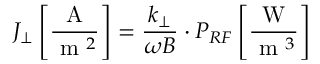
J _ { \perp } \left[ \frac { \mathrm { ~ A ~ } } { \mathrm { ~ m ~ } ^ { 2 } } \right] = \frac { k _ { \perp } } { \omega B } \cdot P _ { R F } \left[ \frac { \mathrm { ~ W ~ } } { \mathrm { ~ m ~ } ^ { 3 } } \right]